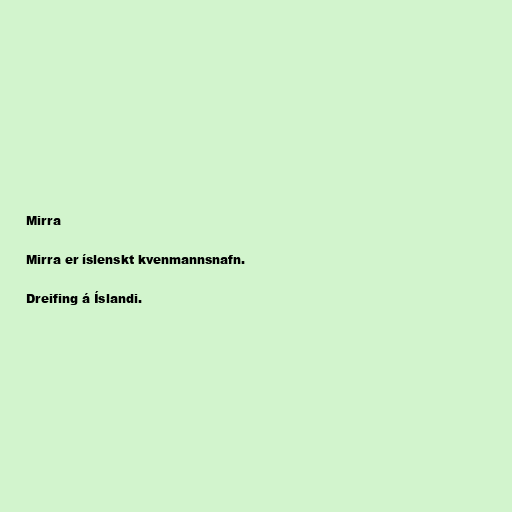
Mirra

Mirra er íslenskt kvenmannsnafn.

Dreifing á Íslandi.